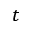
t